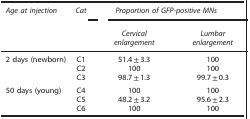
<table><thead><tr><td><b><i>Age at injection</i></b></td><td><b><i>Cat</i></b></td><td colspan="2"><b><i>Proportion of GFP-positive MNs</i></b></td></tr><tr><td><b> </b></td><td><b> </b></td><td><b><i>Cervical enlargement</i></b></td><td><b><i>Lumbar enlargement</i></b></td></tr></thead><tbody><tr><td>2 days (newborn)</td><td>C1</td><td>51.4±3.3</td><td>100</td></tr><tr><td> </td><td>C2</td><td>100</td><td>100</td></tr><tr><td> </td><td>C3</td><td>98.7±1.3</td><td>99.7±0.3</td></tr><tr><td>50 days (young)</td><td>C4</td><td>100</td><td>100</td></tr><tr><td> </td><td>C5</td><td>48.2±3.2</td><td>95.6±2.3</td></tr><tr><td> </td><td>C6</td><td>100</td><td>100</td></tr></tbody></table>